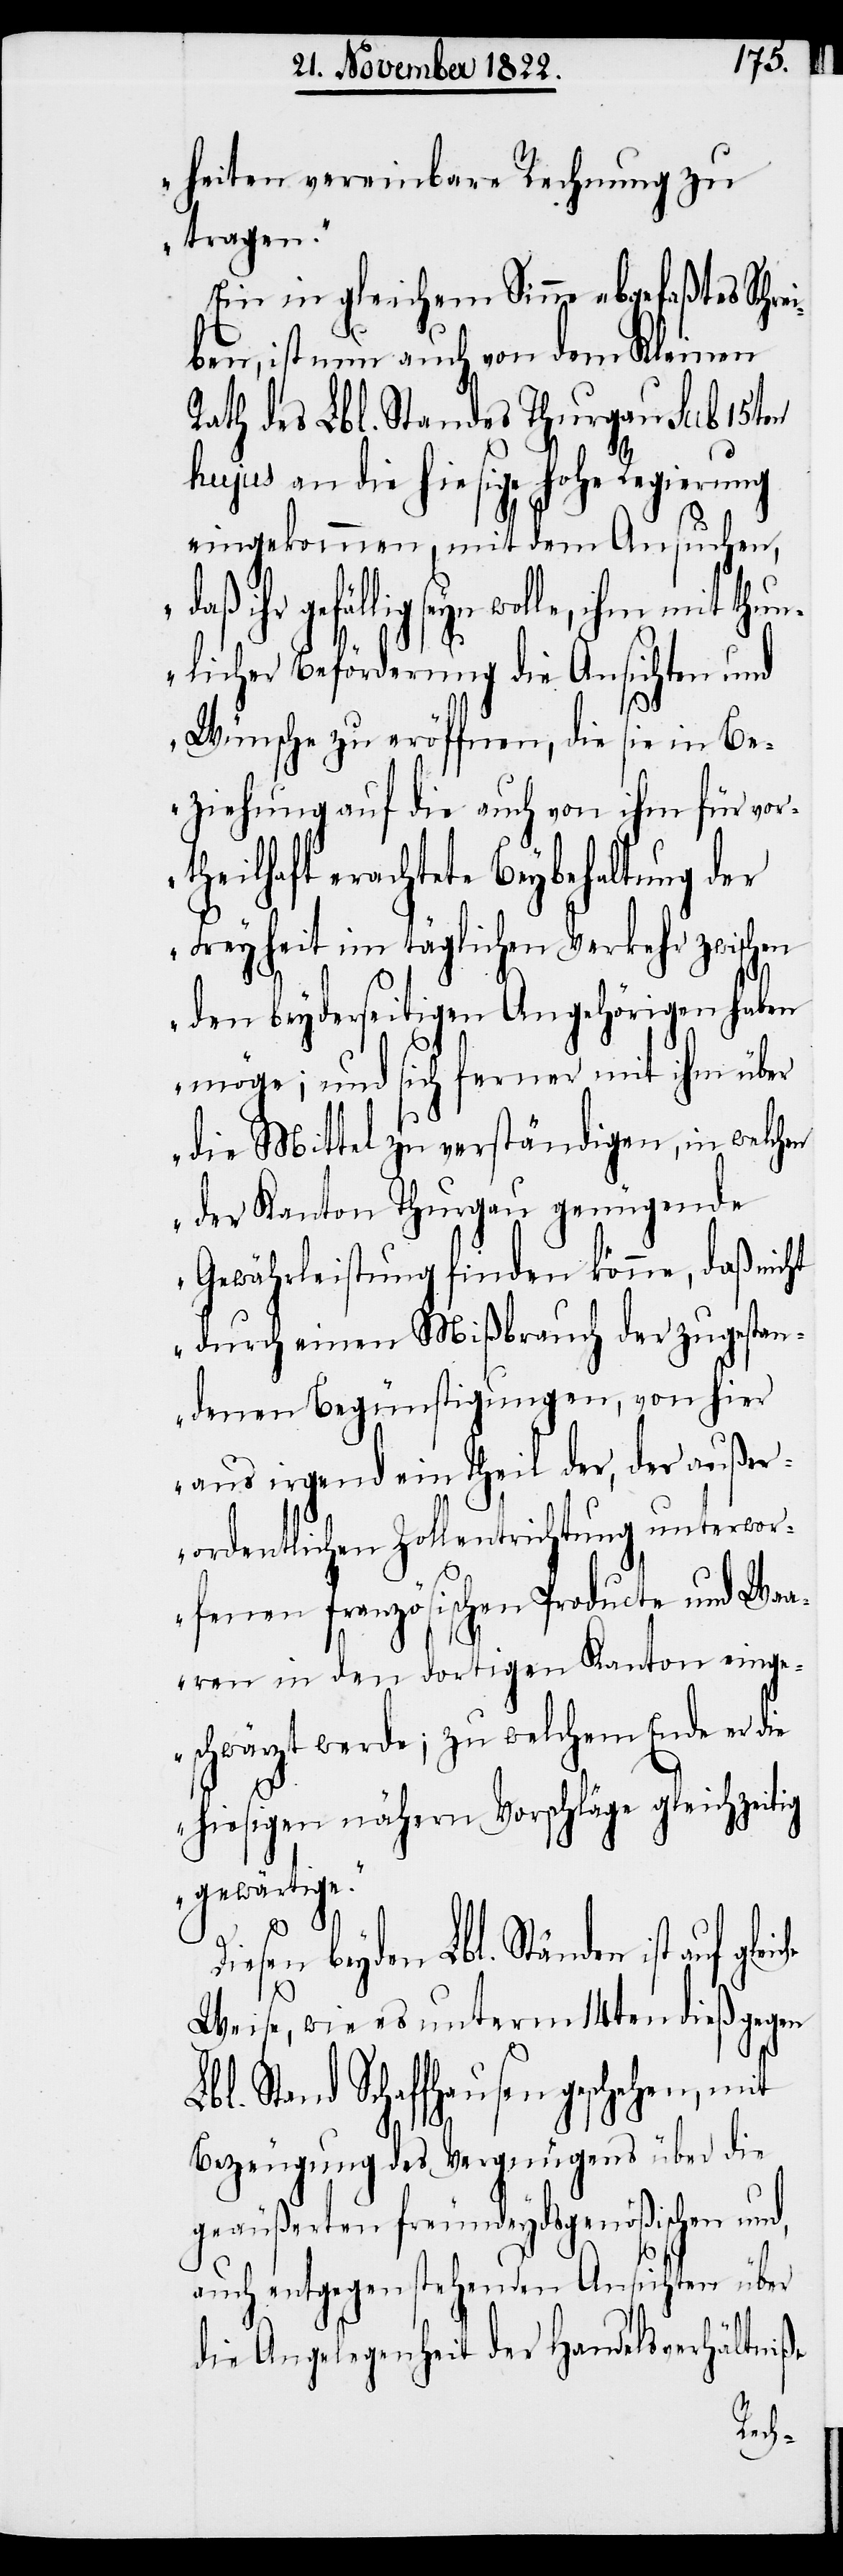
heiten vereinbare Rechnung zu
tragen.“
Ein in gleichem Sinne abgefaßtes Schre¬
iben, ist nun auch von dem Kleine
Rath des Lbl. Standes Thurgau sub 15ten
hujus an die hiesige hohe Regierung
eingekommen, mit dem Ansuchen,
gefällig seyn wolle, ihm mit thun¬
licher Beförderung die Ansichten und
d,
Wünsche zu eröffnen, die sie in Be¬
ziehung auf die auch von ihm für vor¬
theilhaft erachtete Beybehaltung der
Freyheit im täglichen Verkehr zwischen
den beyderseitigen Angehörigen haben
möge; und sich ferner mit ihm über
die Mittel zu verständigen, in welchen
der Kanton Thurgau genügende
Gewährleistung finden könne, daß nicht
durch einen Mißbrauch der zugestan¬
denen Begünstigungen, von hier
aus irgend ein Theil der, der außer¬
ordentlichen Zollentrichtung unterwor¬
fenen Französischen Producte und Wa¬
aren in den dortigen Kanton einge¬
schwärzt werde; zu welchem Ende er die
hiesigen nähern Vorschläge gleichzeitig
gewärtig¬
beyden Lbl. Ständen ist auf
Weise, wie es unterm 14ten dieß gegen
bl. Stand Schaffhausen geschehen, mit
Bezeugung des Vergnügens über die
geäußerten freundeydsgenößischen un¬
auch entgegenstehenden Ansichten über
die Angelegenheit der Handelsverhältniße